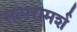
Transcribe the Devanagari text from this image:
सत्परामर्श